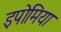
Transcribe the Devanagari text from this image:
इपोमिया